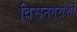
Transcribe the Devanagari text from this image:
विसनगरांशीं